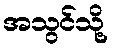
အသွင်သို့